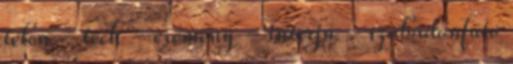
télen - tech - esemény - interjú - szabadonfutó